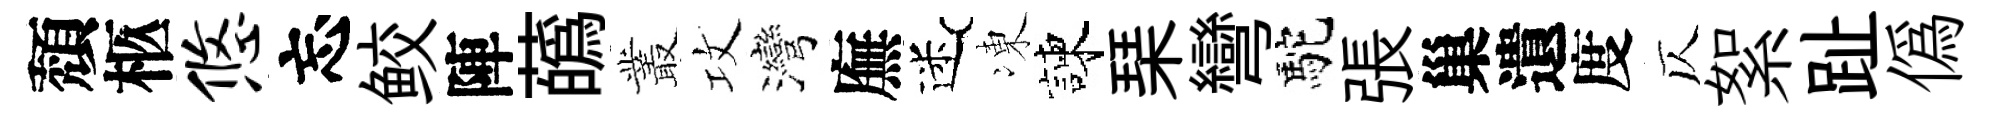
頽柩悠忘鲛陣蘤叢攻灣廡迷凍諫琹彎駝張巢遺度仄絮趾偽